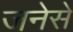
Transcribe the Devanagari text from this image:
जनेसे